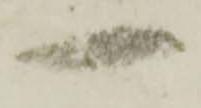
一